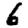
Digit: 6